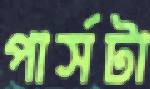
পার্সটা